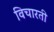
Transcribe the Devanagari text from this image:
विचारती